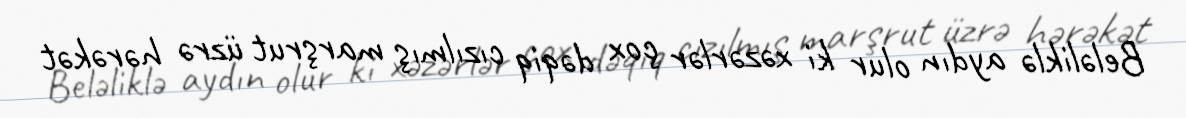
Beləliklə aydın olur ki xəzərlər çox dəqiq cızılmış marşrut üzrə hərəkət